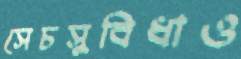
সেচসুবিধাও